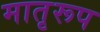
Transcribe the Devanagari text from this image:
मातृरूप